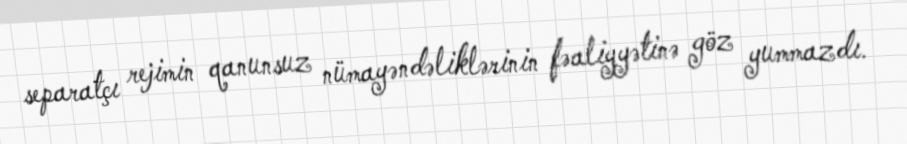
separatçı rejimin qanunsuz nümayəndəliklərinin fəaliyyətinə göz yummazdı.